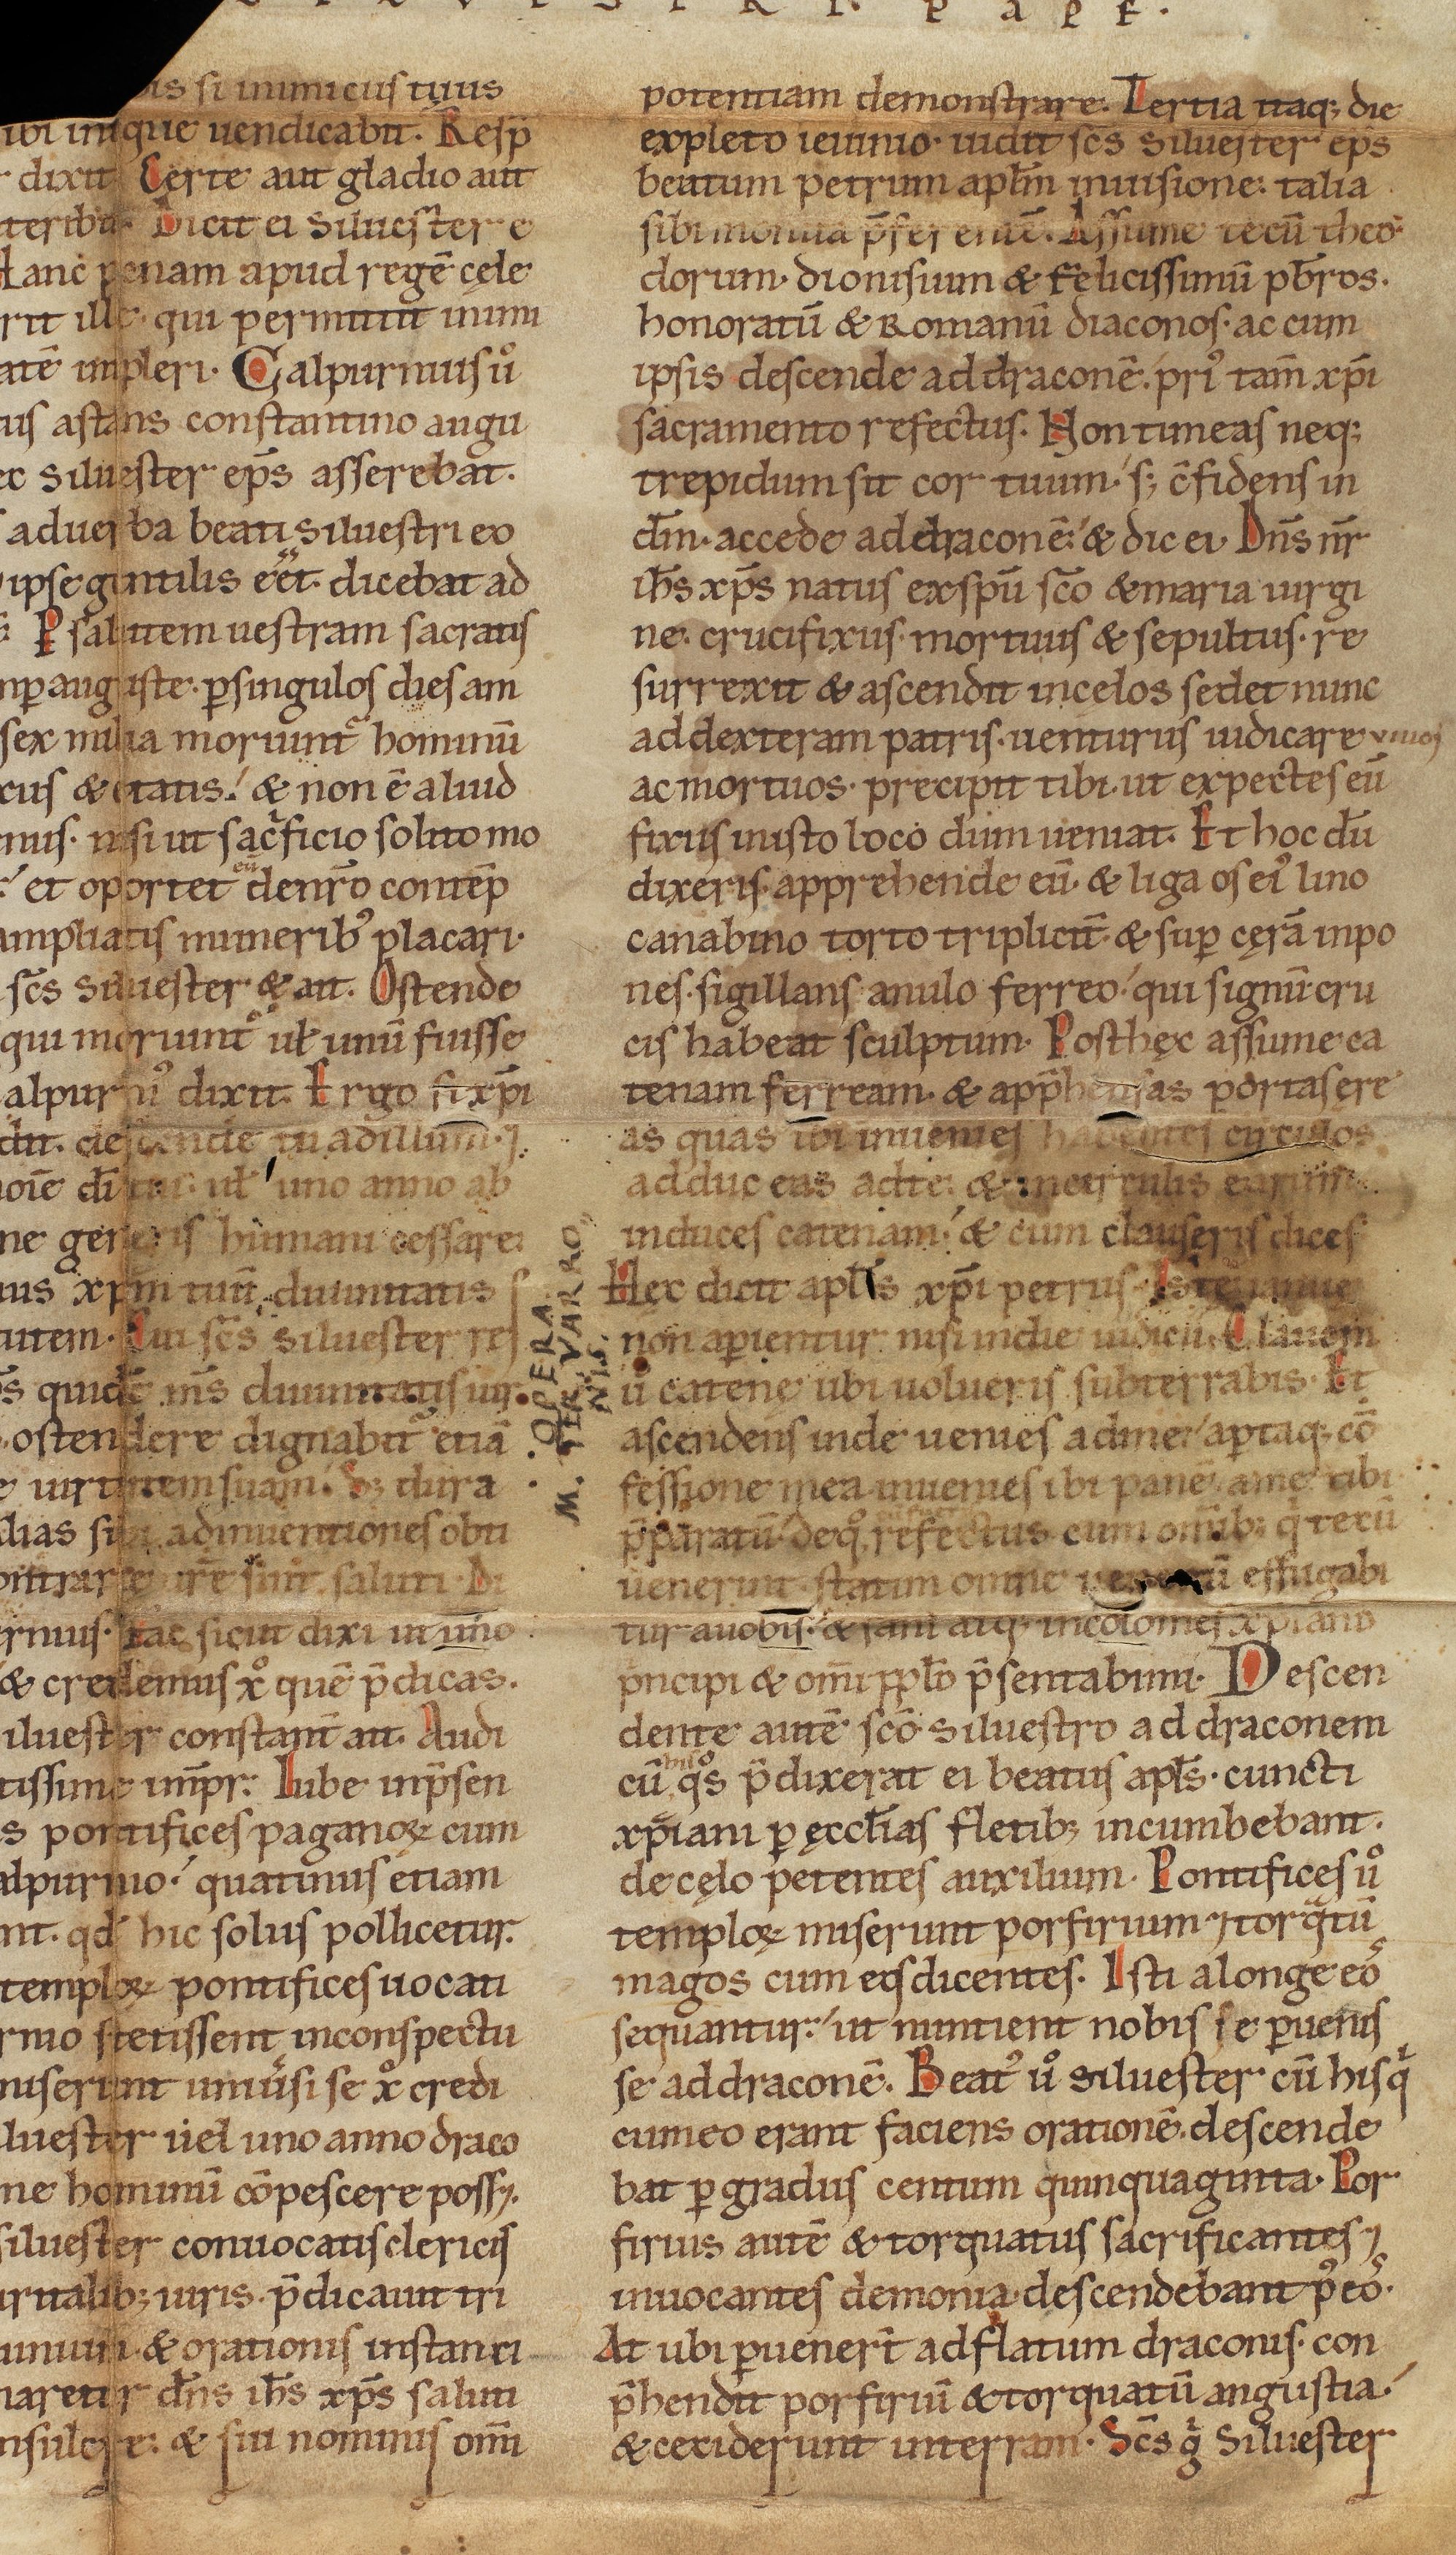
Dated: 1140–1170